Rules regarding the measures to be adopted on the outbreak of cholera or appearance of small-pox
Disease focus: Cholera
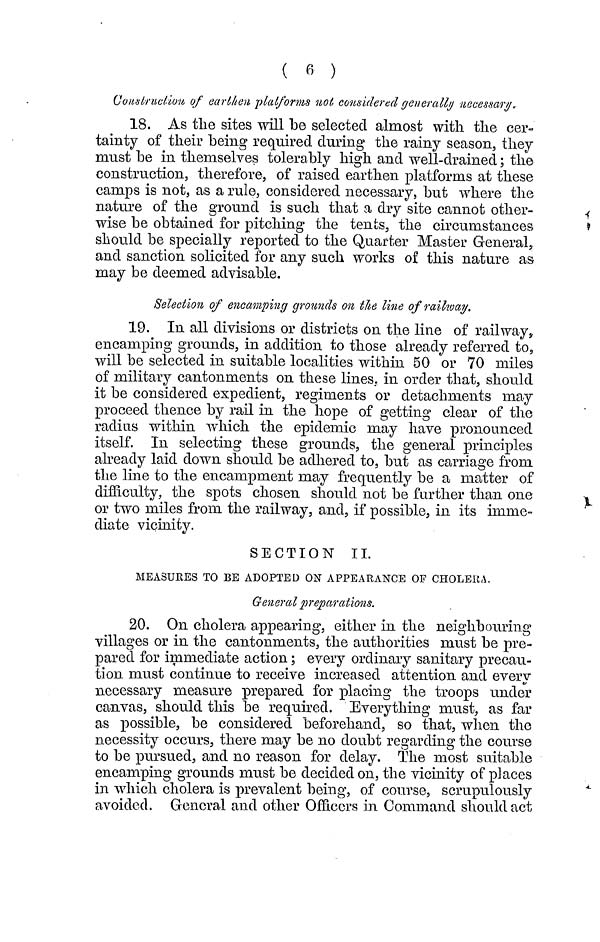
( 6 )
Construction of earthen platforms not considered generally necessary.
18. As the sites will be selected almost with the cer-
tainty of their being required during the rainy season, they
must be in themselves tolerably high and well-drained ; the
construction, therefore, of raised earthen platforms at these
camps is not, as a rule, considered necessary, but where the
nature of the ground is such that a dry site cannot other-
wise be obtained for pitching the tents, the circumstances
should be specially reported to the Quarter Master General,
and sanction solicited for any such works of this nature as
may be deemed advisable.
Selection of encamping grounds on the Une of railway.
19. In all divisions or districts on the line of railway,
encamping grounds, in addition to those already referred to,
will be selected in suitable localities within 50 or 70 miles
of military cantonments on these lines, in order that, should
it be considered expedient, regiments or detachments may
proceed thence by rail in the hope of getting clear of the
radius within which the epidemic may have pronounced
itself. In selecting these grounds, the general principles
already laid down should be adhered to, but as carriage from
the line to the encampment may frequently be a matter of
difficulty, the spots chosen should not be further than one
or two miles from the railway, and, if possible, in its imme-
diate vicinity.
SECTION II.
MEASURES TO BE ADOPTED ON APPEARANCE OF CHOLERA.
General preparations.
20. On cholera appearing, either in the neighbouring
villages or in the cantonments, the authorities must be pre-
pared for immediate action ; every ordinary sanitary precau-
tion must continue to receive increased attention and every
necessary measure prepared for placing the troops under
canvas, should this be required. Everything must, as far
as possible, be considered beforehand, so that, when the
necessity occurs, there may be no doubt regarding the course
to be pursued, and no reason for delay. The most suitable
encamping grounds must be decided on, the vicinity of places
in which cholera is prevalent being, of course, scrupulously
avoided. General and other Officers in Command should act